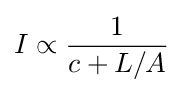
I\propto {\frac {1}{c+L/A}}